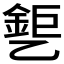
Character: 𰁎